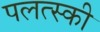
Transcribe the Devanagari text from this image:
पलत्स्की